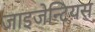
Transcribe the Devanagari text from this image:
जाइजेन्टियस